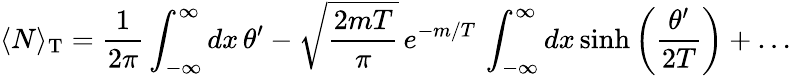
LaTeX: \langle N\rangle_{\mathrm{T}}=\frac{1}{2\pi}\int_{-\infty}^{\infty}dx\, \theta^{\prime}-\sqrt{\frac{2mT}{\pi}}\, e^{-m/T}\, \int_{-\infty}^{\infty}dx\, \mathrm{sinh}\left(\frac{\theta^{\prime}}{2T}\right)+\dots